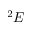
^ { 2 } E